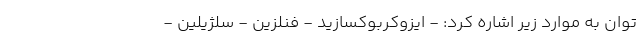
توان به موارد زیر اشاره کرد: - ایزوکربوکسازید - فنلزین - سلژیلین -